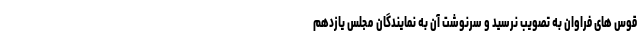
قوس های فراوان به تصویب نرسید و سرنوشت آن به نمایندگان مجلس یازدهم